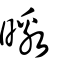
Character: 曒